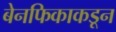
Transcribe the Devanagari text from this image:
बेनफिकाकडून